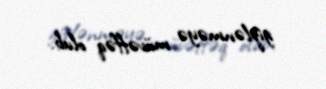
gizlənməyə müvəffəq olub.